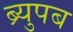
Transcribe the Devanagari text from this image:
ब्र्युपब